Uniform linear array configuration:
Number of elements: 4
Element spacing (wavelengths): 0.25
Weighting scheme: uniform
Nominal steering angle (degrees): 45
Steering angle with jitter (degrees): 46.254
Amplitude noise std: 0.05
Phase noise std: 0.05

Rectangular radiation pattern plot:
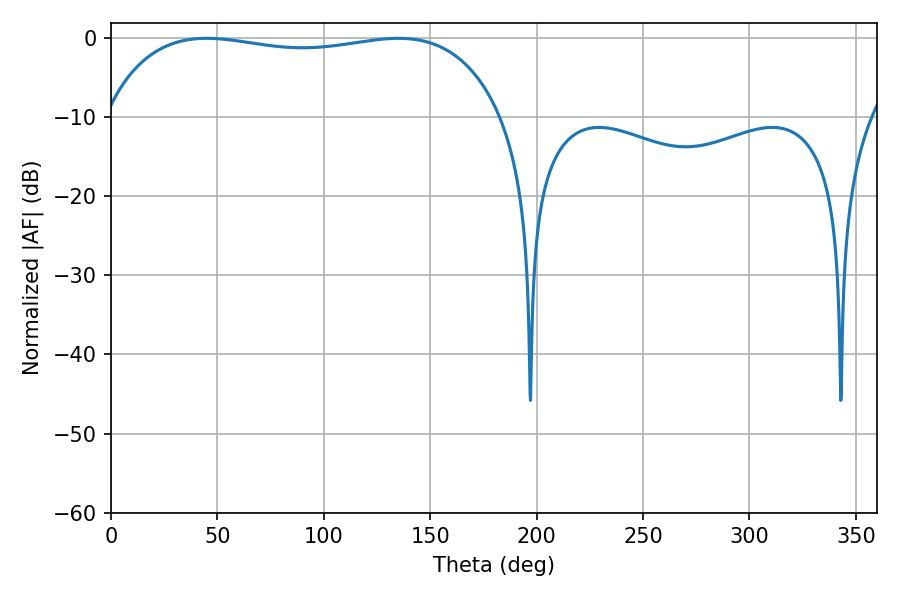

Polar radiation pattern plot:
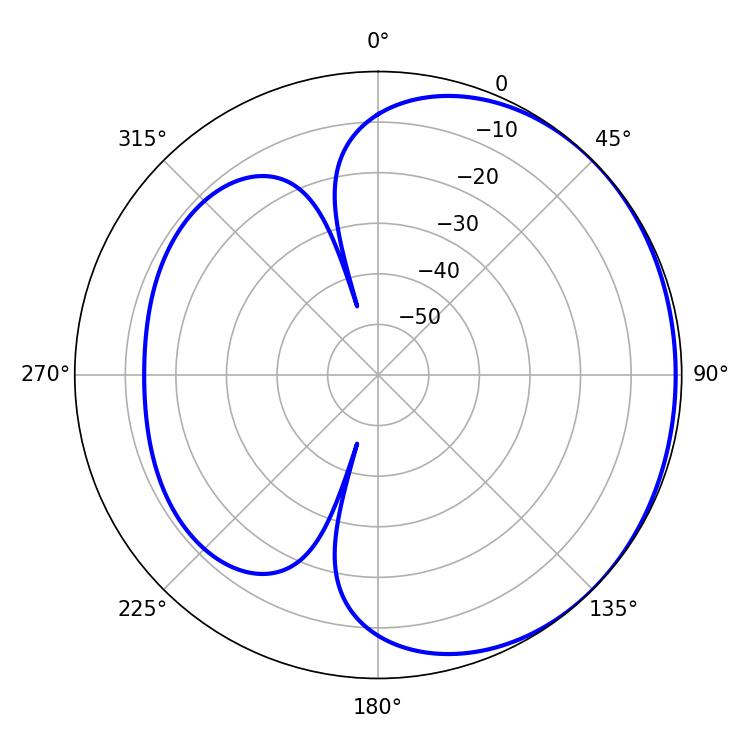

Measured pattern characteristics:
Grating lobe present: FALSE
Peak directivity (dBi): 0.9911
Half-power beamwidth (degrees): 150.84
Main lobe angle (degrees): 44.82